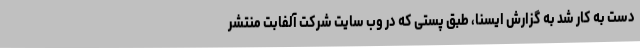
دست به کار شد به گزارش ایسنا، طبق پستی که در وب سایت شرکت آلفابت منتشر